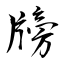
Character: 牓